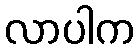
လာပါက